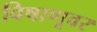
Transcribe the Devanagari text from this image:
विषाणूवर